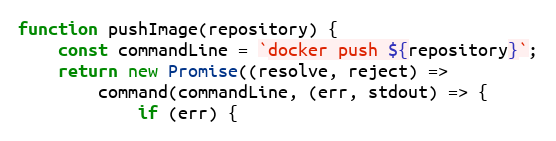
Language: JavaScript
function pushImage(repository) {
    const commandLine = `docker push ${repository}`;
    return new Promise((resolve, reject) =>
        command(commandLine, (err, stdout) => {
            if (err) {